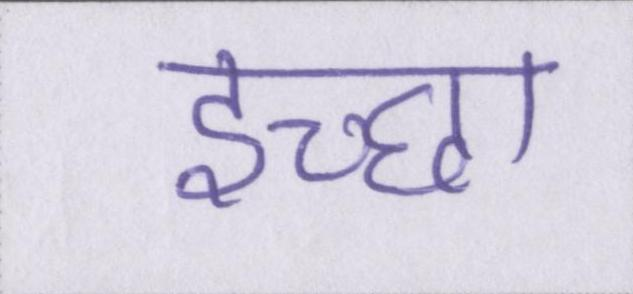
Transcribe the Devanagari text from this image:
इच्छा